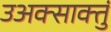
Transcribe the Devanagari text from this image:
उअक्साक्तुं